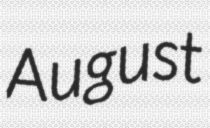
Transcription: August